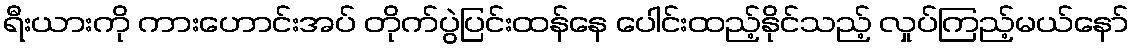
ရီးယားကို ကားဟောင်းအပ် တိုက်ပွဲပြင်းထန်နေ ပေါင်းထည့်နိုင်သည့် လှုပ်ကြည့်မယ်နော်